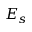
E _ { s }